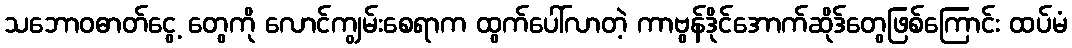
သဘောဝဓာတ်ငွေ့ တွေကို လောင်ကျွမ်းစေရာက ထွက်ပေါ်လာတဲ့ ကာဗွန်ဒိုင်အောက်ဆိုဒ်တွေဖြစ်ကြောင်း ထပ်မံ